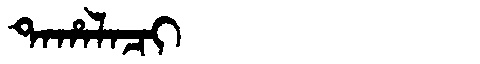
Manchu: ᡨᠠᡥᠠᠯᠠᠴᡳ
Romanization: TAHALACI